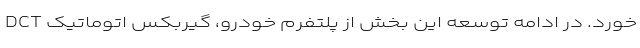
خورد. در ادامه توسعه این بخش از پلتفرم خودرو، گیربکس اتوماتیک DCT